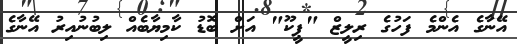
އޭނާގެ އެންމެ ފަހުގެ ރިލީޒް "ޕީކޫ" އަށް ބޮޑު ކާމިޔާބެއް ލިބުނުއިރު އޭނާގެ